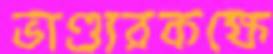
ভাণ্ডারকক্ষে